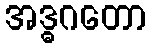
အဒ္ဓဂတော